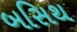
બસિથ